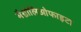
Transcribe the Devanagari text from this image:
मैग्नोलिओफाइटा